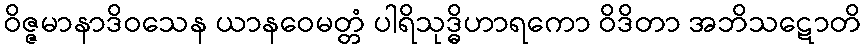
ဝိဇ္ဇမာနာဒိဝသေန ယာနဝေမတ္တံ ပါရိသုဒ္ဓိဟာရကော ဝိဒိတာ အဘိသဋောတိ